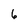
Character: 6